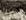
البحث